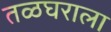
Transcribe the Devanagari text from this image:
तळघराला